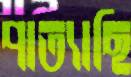
পাত্যাছি